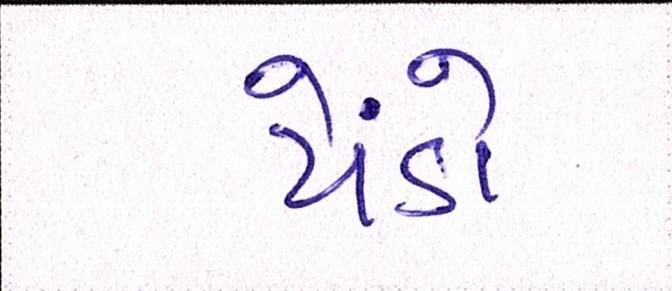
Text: પેંડો